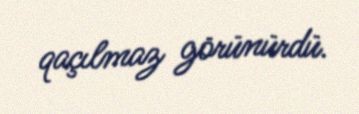
qaçılmaz görünürdü.